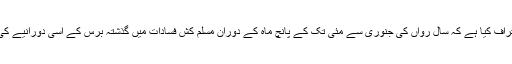
بھارت کی وزارتِ داخلہ نے اس امر کا اعتراف کیا ہے کہ سالِ رواں کی جنوری سے مئی تک کے پانچ ماہ کے دوران مسلم کش فسادات میں گذشتہ برس کے اسی دورانیے کی بہ نسبت خطرناک حد تک اضافہ ہوا ہے ۔